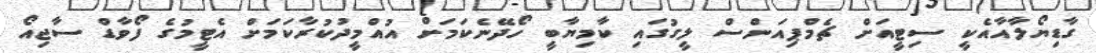
ގާޑިޔޯލާއާއެކީ ސިޓީއަށް ޗެމްޕިއަންސް ލީގުގައި ކާމިޔާބީ ހޯދޭނެކަމަށް އުއްމީދުކުރާކަމަށް އެޓީމުގެ ފޯވާޑް ސާޖިއޯ